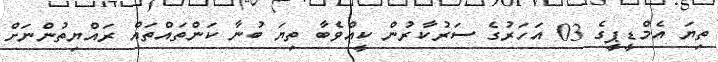
ތިޔަ އެމްޑީޕީގެ 03 އަހަރުގެ ސަރުކާރުން ކީއްވެބާ ތިޔަ ބުނާ ކަންތައްތަައް ރައްޔިތުންނަށް